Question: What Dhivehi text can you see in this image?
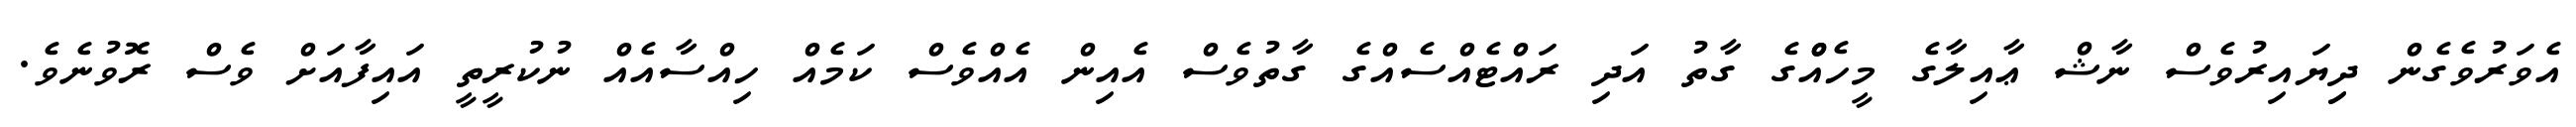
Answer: އެވަރުވެގެން ދިިޔައިރުވެސް ނާޝް ޢާއިލާގެ މީހެއްްގެ ގާތު އަދި ރައްޓެއްސެއްގެ ގާތުވެސް އެއިން އެއްވެސް ކަމެއް ހިއްސާއެއް ނުކުރީތީ އައިފާއަށް ވެސް ރޮވުނެވެ.